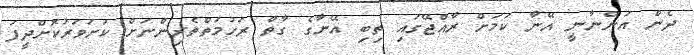
ދެން އަންނާނީ އޭނާ ކަމަށް ރާއްޖޭގައި ތިބި އޭނާގެ ގާތް ރަހުމަތްތެރިންނަށް ކަށަވަރުކޮށްދީފަ